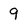
Character: 9